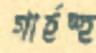
গার্হস্হ